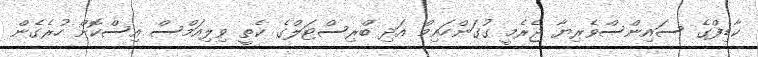
ކާޑިފްގެ ސައިންސްވެރިޔާ ޖެރެމީ ގުގަންހައިމް އަދި ބްރިސްޓަލްގެ ކެތީ ވިލިއަމްސް އިސްކޮށް ހުރެގެން